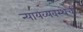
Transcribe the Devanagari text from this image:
न्यायव्यवस्थेची